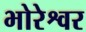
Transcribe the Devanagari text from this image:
भोरेश्वर